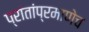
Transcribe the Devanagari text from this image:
प्रांतांप्रमाणेच